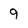
Character: 9